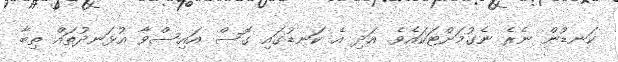
ކަނޑުން ނެރެ ނެގުމަށްޓަކައެވެ. އަދި އެ ކަނޑުގައި ގޮސް އައިސްވާ އުޅަނދުތައް ތިބާ